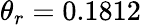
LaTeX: \theta_{r}=0.1812